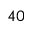
^ { 4 0 }